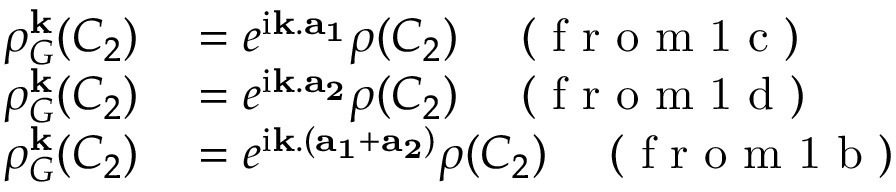
\begin{array} { r l } { \rho _ { G } ^ { \bf k } ( C _ { 2 } ) } & { { } = e ^ { \mathrm { i } { \bf k . a _ { 1 } } } \rho ( C _ { 2 } ) \quad \mathrm { ~ ( ~ f ~ r ~ o ~ m ~ 1 ~ c ~ ) ~ } } \\ { \rho _ { G } ^ { \bf k } ( C _ { 2 } ) } & { { } = e ^ { \mathrm { i } { \bf k . a _ { 2 } } } \rho ( C _ { 2 } ) \quad \mathrm { ~ ( ~ f ~ r ~ o ~ m ~ 1 ~ d ~ ) ~ } } \\ { \rho _ { G } ^ { \bf k } ( C _ { 2 } ) } & { { } = e ^ { \mathrm { i } { \bf k . ( a _ { 1 } + a _ { 2 } ) } } \rho ( C _ { 2 } ) \quad \mathrm { ~ ( ~ f ~ r ~ o ~ m ~ 1 ~ b ~ ) ~ } } \end{array}